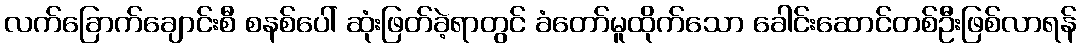
လက်ခြောက်ချောင်းစီ စနစ်ပေါ် ဆုံးဖြတ်ခဲ့ရာတွင် ခံတော်မူထိုက်သော ခေါင်းဆောင်တစ်ဦးဖြစ်လာရန်